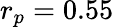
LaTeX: r_{p}=0.55